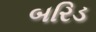
બરિડ